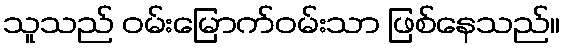
သူသည် ဝမ်းမြောက်ဝမ်းသာ ဖြစ်နေသည်။